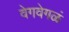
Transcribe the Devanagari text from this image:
वेगवेगळं